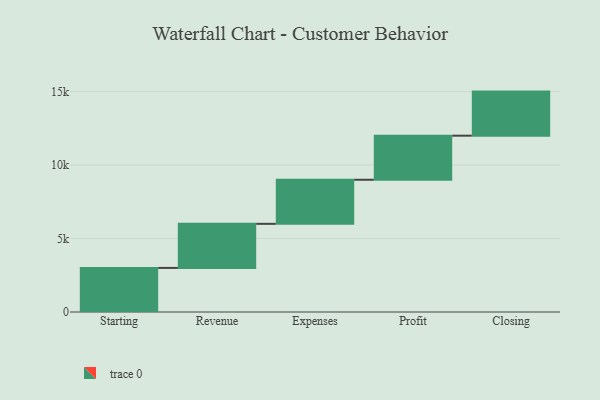
{"axis": {"x": "Step", "y": "Value"}, "legend": [""], "data": [{"x": "Starting", "y": 3000, "type": ""}, {"x": "Revenue", "y": 3000, "type": ""}, {"x": "Expenses", "y": 3000, "type": ""}, {"x": "Profit", "y": 3000, "type": ""}, {"x": "Closing", "y": 3000, "type": ""}]}